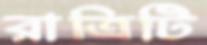
রাত্রিটি